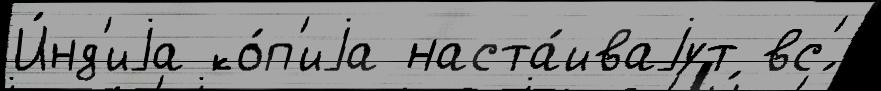
И́нд'иjа ко́п'иjа наста́иваjут вс'́